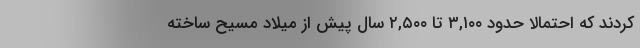
کردند که احتمالاً حدود ۳,۱۰۰ تا ۲,۵۰۰ سال پیش از میلاد مسیح ساخته